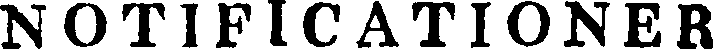
NOTIFICATIONER